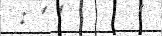
: ' '      '